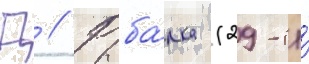
Д // Рыба́лка (29-и́